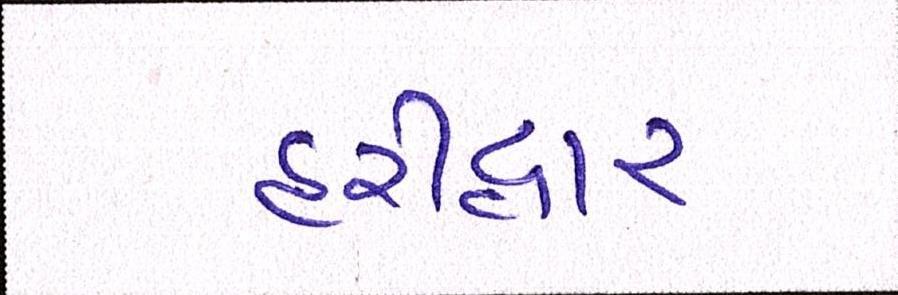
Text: હરીદ્વાર